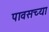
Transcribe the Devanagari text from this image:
पावसच्या